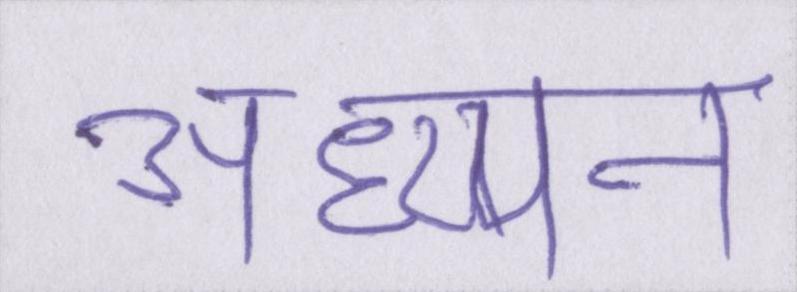
अध्य्यन